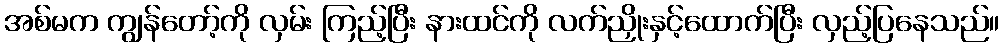
အစ်မက ကျွန်တော့်ကို လှမ်း ကြည့်ပြီး နားထင်ကို လက်ညှိုးနှင့်ထောက်ပြီး လှည့်ပြနေသည်။